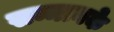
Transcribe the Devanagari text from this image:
सम्मानके